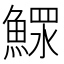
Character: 𩹌